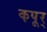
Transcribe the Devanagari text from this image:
कपूर्